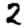
Digit: 2